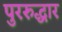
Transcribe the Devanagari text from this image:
पुररुद्धार